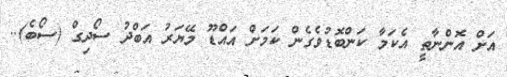
އަށް އޮންނާތީ އެކަމާ ކަންބޮޑުވެގެން ކަމަށް އައްޑޫ މޭޔަރު އަބްދު ސޯދިގް (ސޯބެ)..